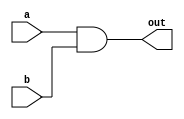
`timescale 1ns / 1ps

//AND Gate
module andgate(a, b, out);
    input a, b;
    output out;
    
    assign out = a & b;

endmodule

//Testbench definition for AND Gate

module andgate_tb;
wire t_out;
reg t_a, t_b;

andgate my_gate( .a(t_a), .b(t_b), .out(t_out) );

initial
begin
$monitor(t_a, t_b, t_out);

t_a = 1'b0;
t_b = 1'b0;

#5
t_a = 1'b0;
t_b = 1'b1;

#5 
t_a = 1'b1;
t_b = 1'b0;

#5
t_a = 1'b1;
t_b = 1'b1;

end
endmodule



// AND Gate 16
module andgate16(a, b, out);
    input [15:0] a, b;
    output [15:0] out;
    
    assign out = a & b;

endmodule


//Testbench definition for AND Gate
module andgate16_tb;
wire [15:0] t_out;
reg [15:0] t_a, t_b;

andgate16 my_gate( .a(t_a), .b(t_b), .out(t_out) );

initial
begin
$monitor(t_a, t_b, t_out);

t_a = 16'b0;
t_b = 16'b0;

#5
t_a = 16'b0;
t_b = 16'b1111111111111111;

#5 
t_a = 16'b1111111111111111;
t_b = 16'b0;

#5
t_a = 16'b1111111111111111;
t_b = 16'b1111111111111111;

end
endmodule


// Mux8Way16
module mux8way16(a, b, c, d, e ,f, g, h, sel, out);

	input [15:0] a, b, c, d, e, f, g, h;
	input [2:0] sel;
	output reg [15:0] out;

always @(sel)
  begin
        case (sel)
        3'b000 : out = a;
        3'b001 : out = b;
	   3'b010 : out = c;
	   3'b011 : out = d;
	   3'b100 : out = e;
	   3'b101 : out = f;
	   3'b110 : out = g;
	   3'b111 : out = h;
	   default out = 3'b000;
        endcase
  end

endmodule

//Testbench definition for Mux8Way16
module mux8way16_tb;
wire [15:0] t_out;
reg [15:0] t_a, t_b, t_c, t_d, t_e, t_f, t_g, t_h;
reg [2:0] t_sel;

mux8way16 my_gate( .a(t_a), .b(t_b), .c(t_c), .d(t_d), .e(t_e), .f(t_f), .g(t_g), .h(t_h), .sel(t_sel), .out(t_out) );

initial
begin
$monitor(t_a, t_b, t_c, t_d, t_e, t_f, t_g, t_h, t_out);

t_a = 16'b0000000000000000;
t_b = 16'b0000000000000011;
t_c = 16'b0000000000001100;
t_d = 16'b0000000000110000;
t_e = 16'b0000000011000000;
t_f = 16'b0000001100000000;
t_g = 16'b0000110000000000;
t_h = 16'b0011000000000000;
t_sel = 3'b000;

#5
t_sel = 3'b000;

#5 
t_sel = 3'b001;

#5
t_sel = 3'b010;

#5 
t_sel = 3'b011;

#5
t_sel = 3'b010;

#5 
t_sel = 3'b011;

#5
t_sel = 3'b100;

#5 
t_sel = 3'b101;

#5 
t_sel = 3'b111;

end
endmodule